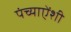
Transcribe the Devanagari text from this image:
पंच्याऐंशी